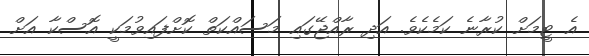
އެ ޓީމަށް ކުރާނެ ކަމެކެވެ. އަދި ރާއްޖޭގައި މަސައްކަތް ކޮށްފައިވުމަކީ އޮސްކާ އަށް